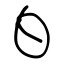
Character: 白